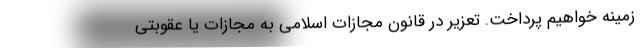
زمینه خواهیم پرداخت. تعزیر در قانون مجازات اسلامی‌ به مجازات یا عقوبتی